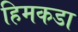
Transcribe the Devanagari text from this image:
हिमकडा